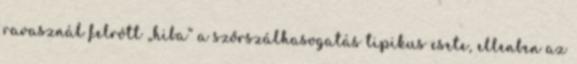
ravasznál felrótt „hiba” a szőrszálhasogatás tipikus esete, ellenben az